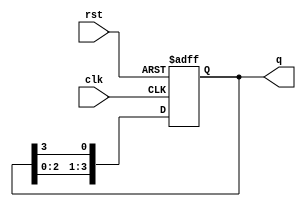
module johnson_counter (
    input wire clk,
    input wire rst,
    output reg [3:0] q
);

reg [3:0] tmp;

always @(posedge clk or posedge rst) begin
    if (rst) begin
        tmp <= 4'b0001;
    end else begin
        tmp <= {tmp[2:0], tmp[3]};
    end
end

assign q = tmp;

endmodule